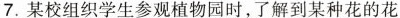
7.某校组织学生参观植物园时，了解到某种花的花